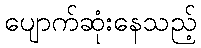
ပျောက်ဆုံးနေသည့်